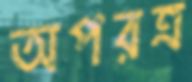
অপরত্র